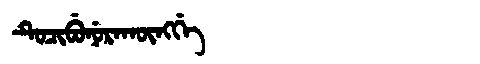
Manchu: ᡨᡠᠴᡳᠪᡠᠨᡠᡵᠠᡴᡡᠩᡤᡝ
Romanization: TUCIBUNURAKŪNGGE